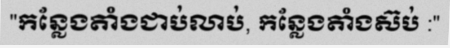
"កន្លែងតាំងជាប់លាប់, កន្លែងតាំងស៊ប់ :"